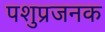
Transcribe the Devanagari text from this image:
पशुप्रजनक